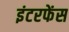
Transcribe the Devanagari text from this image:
इंटरफेंस